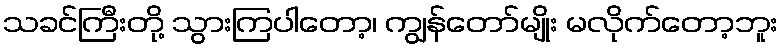
သခင်ကြီးတို့ သွားကြပါတော့၊ ကျွန်တော်မျိုး မလိုက်တော့ဘူး